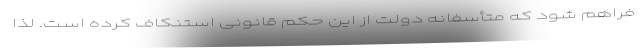
فراهم شود که متأسفانه دولت از این حکم قانونی استنکاف کرده است. لذا